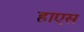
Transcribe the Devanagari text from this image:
हाएस